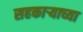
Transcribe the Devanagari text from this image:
सहकार्‍याच्या